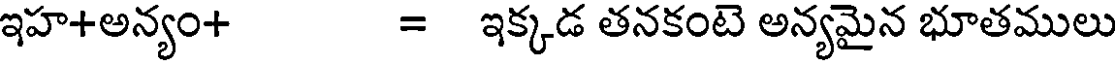
ఇహ+అన్యం+ = ఇక్కడ తనకంటె అన్యమైన భూతములు